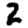
Digit: 2